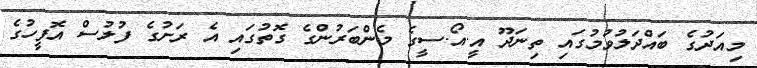
މިއަދުގެ ބައްދަލުވުމުގައި ތިނަދޫ އީ.އޯ.ސީގެ މެންބަރުންގެ ގޮތުގައި އެ ރަށުގެ ފުލުސް އޮފީހުގެ